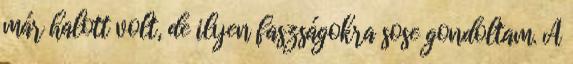
már halott volt, de ilyen faszságokra sose gondoltam. A